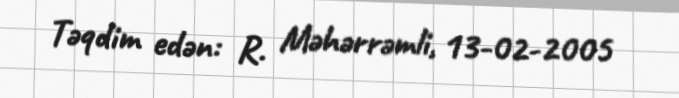
Təqdim edən: R. Məhərrəmli, 13-02-2005